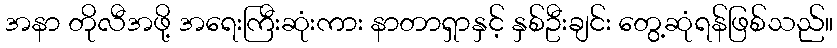
အနာ တိုလီအဖို့ အရေးကြီးဆုံးကား နာတာရှာနှင့် နှစ်ဦးချင်း တွေ့ဆုံရန်ဖြစ်သည်။